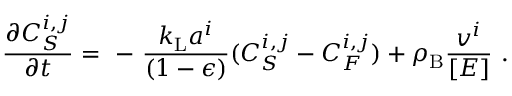
\frac { \partial C _ { S } ^ { i , j } } { \partial t } = \mathrm { ~ - ~ } \frac { k _ { \mathrm { L } } a ^ { i } } { ( 1 - \epsilon ) } ( C _ { S } ^ { i , j } - C _ { F } ^ { i , j } ) + \rho _ { \mathrm { B } } \frac { v ^ { i } } { [ E ] } \ .